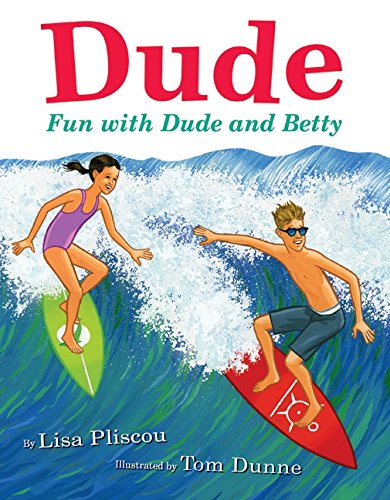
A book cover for Dude: Fun with Dude and Betty; Lisa Pliscou; Children's Books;